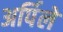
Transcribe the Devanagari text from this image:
अर्पिले